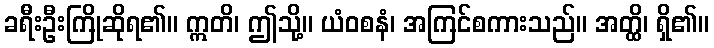
ခရီးဦးကြိုဆိုရ၏။ ဣတိ၊ ဤသို့။ ယံဝစနံ၊ အကြင်စကားသည်။ အတ္ထိ၊ ရှိ၏။